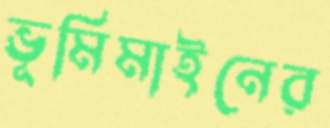
ভূমিমাইনের